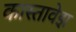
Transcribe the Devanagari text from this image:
कास्तावेझ